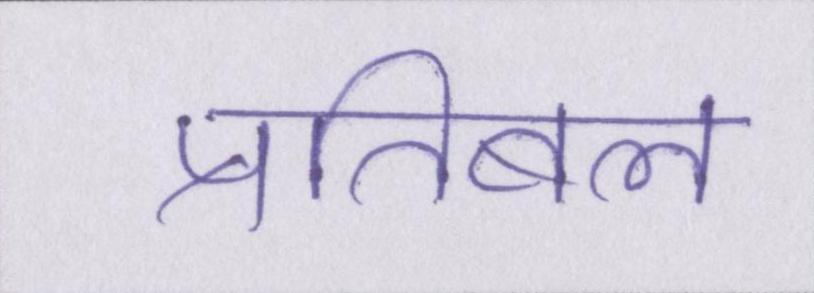
प्रतिबल